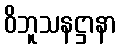
ဝိဘူသနဋ္ဌာနာ